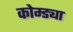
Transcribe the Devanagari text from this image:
कोम्ड्या